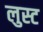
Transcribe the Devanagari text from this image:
लुस्ट